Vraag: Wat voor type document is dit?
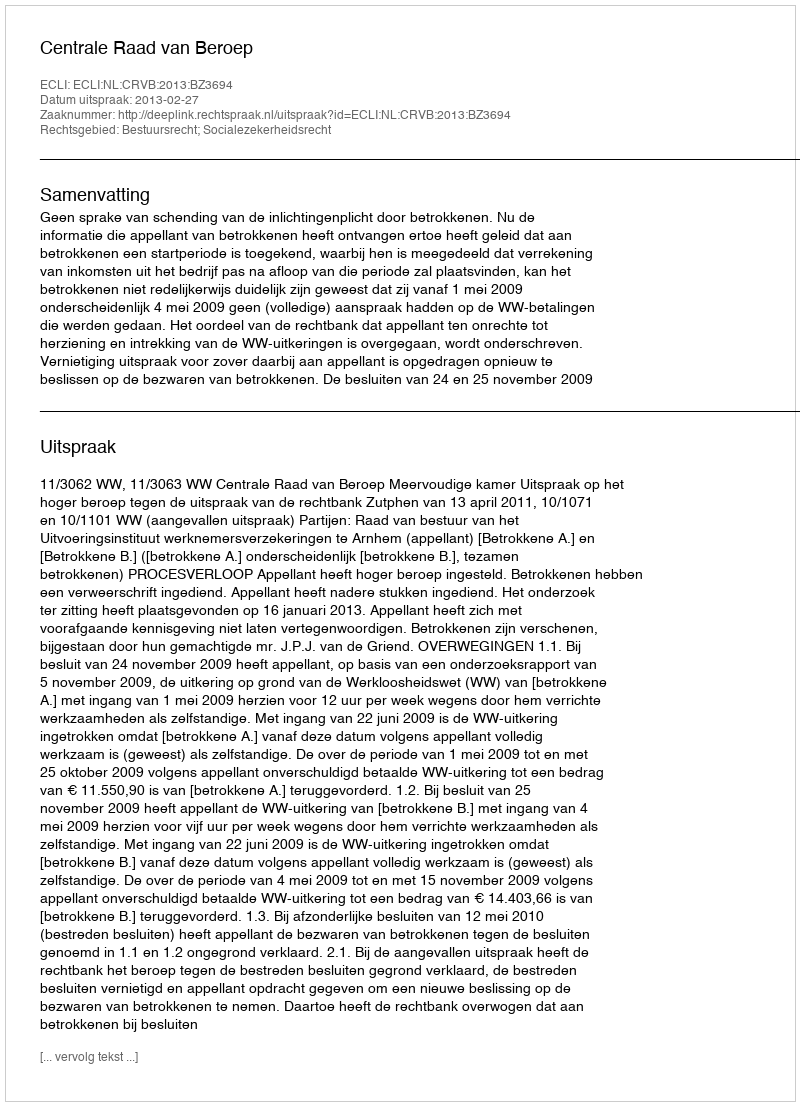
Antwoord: Uitspraak